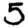
Digit: 5